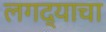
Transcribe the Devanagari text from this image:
लगद्याचा